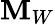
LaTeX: \mathbf{M}_{W}